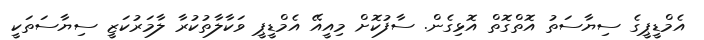
އެމްޑީޕީގެ ސިޔާސަތު އޮތްގޮތް އޮޅިގެން. ސާފުކޮށް މިއީއޭ އެމްޑީޕީ ވަކާލާތުކުރާ ލާމަރުކަޒީ ސިޔާސަތަކީ